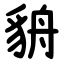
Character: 貈